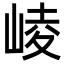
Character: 崚